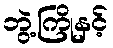
ဘွဲ့ကြိုနှင့်